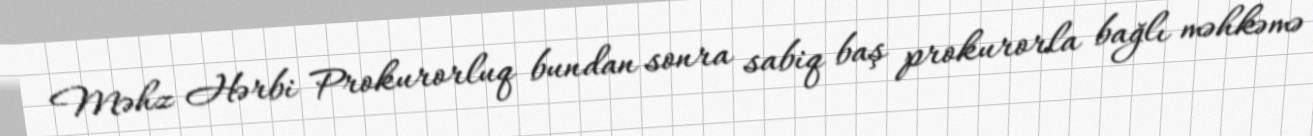
Məhz Hərbi Prokurorluq bundan sonra sabiq baş prokurorla bağlı məhkəmə